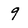
Character: 9